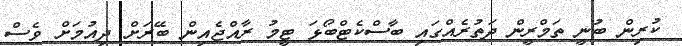
ކުރިން ބުނީ ތަމްރީން ދަތުރެއްގައި ބާސްކެޓްބޯޅަ ޓީމު ރާއްޖެއިން ބޭރަށް ދިއުމަށް ވެސް